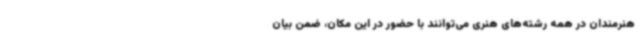
هنرمندان در همه رشته‌های هنری می‌توانند با حضور در این مکان، ضمن بیان